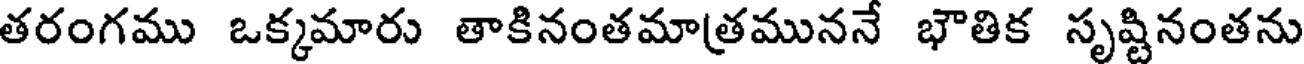
తరంగము ఒక్కమారు తాకినంతమాత్రమునన భౌతిక సృష్టినంతను